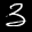
Label: 3